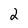
Character: 2